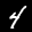
Label: 4